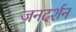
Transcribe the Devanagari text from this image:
जनदर्शन